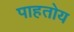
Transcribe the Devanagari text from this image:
पाहतोय